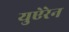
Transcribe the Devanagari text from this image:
युऐरेन